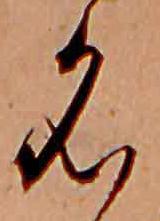
名